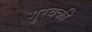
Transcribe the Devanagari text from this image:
गुरवकी